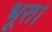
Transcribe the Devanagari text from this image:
भूरा।